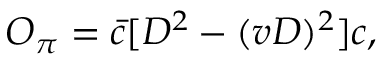
{ \cal O } _ { \pi } = \bar { c } [ D ^ { 2 } - ( v D ) ^ { 2 } ] c ,